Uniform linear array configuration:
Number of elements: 4
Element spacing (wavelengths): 0.5
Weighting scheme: kaiser
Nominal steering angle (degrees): -60
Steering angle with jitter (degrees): -59.676
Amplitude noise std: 0.05
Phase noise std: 0.05

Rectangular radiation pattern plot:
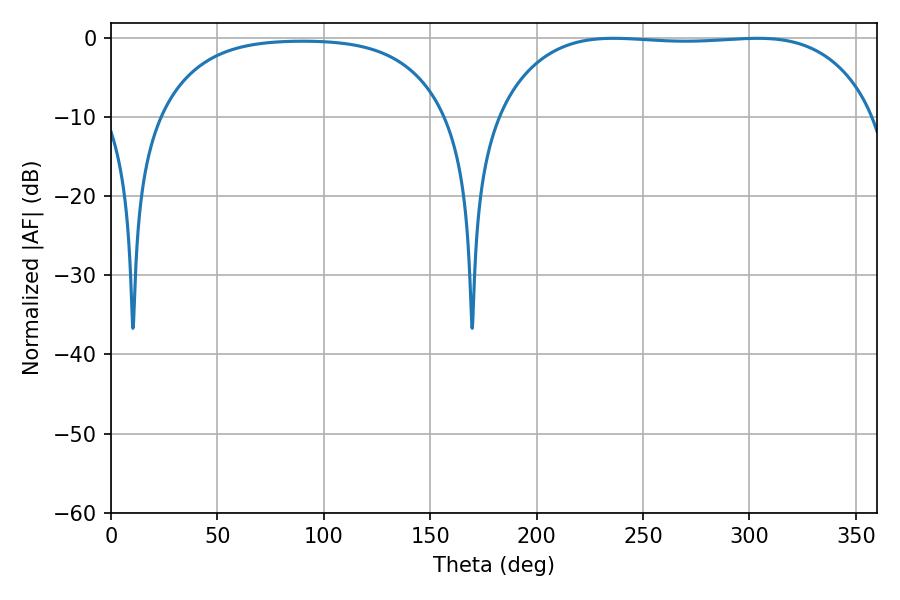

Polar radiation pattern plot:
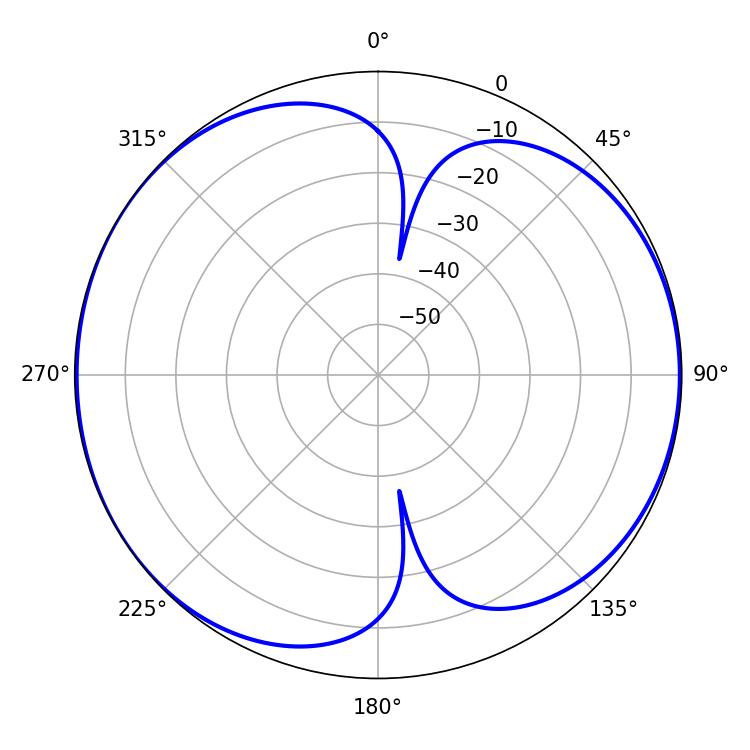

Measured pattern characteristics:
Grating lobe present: FALSE
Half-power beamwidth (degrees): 138.6
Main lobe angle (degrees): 236.16